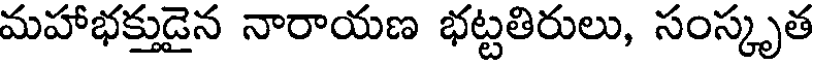
మహాభక్తుడైన నారాయణ భట్టతిరులు, సంస్కృత